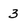
Character: 3